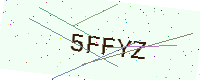
Text: 5FFYZ